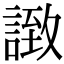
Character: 𧩼